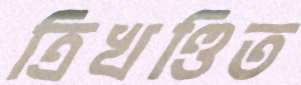
ত্রিখণ্ডিত